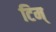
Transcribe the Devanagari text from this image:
टिम्